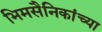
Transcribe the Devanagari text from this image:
भिमसैनिकांच्या